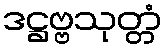
ဒဋ္ဌဗ္ဗသုတ္တံ